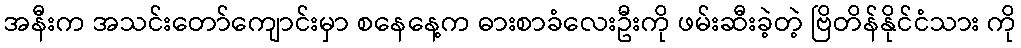
အနီးက အသင်းတော်ကျောင်းမှာ စနေနေ့က ဓားစာခံလေးဦးကို ဖမ်းဆီးခဲ့တဲ့ ဗြိတိန်နိုင်ငံသား ကို